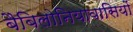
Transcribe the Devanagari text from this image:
बैबिलोनियावासियों